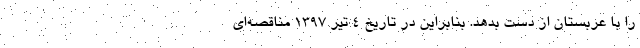
را با عربستان از دست بدهد. بنابراین در تاریخ ۴ تیر ۱۳۹۷ مناقصه‌ای